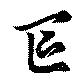
區